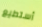
أستطيع